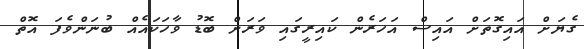
ގެޔަށް އައިގޮތަށް އައިސް އަހަރެން ކައިރީގައި ވަރަށް ބޮޑު ވާހަކައެއް ބުނަންވެފަ އޮތް